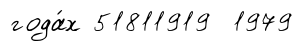
года́х 51811919 1979